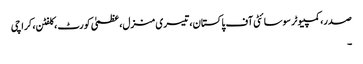
صدر، کمپیوٹر سوسائٹی آف پاکستان، تیسری منزل، عظمیٰ کورٹ ، کلفٹن، کراچی
۔